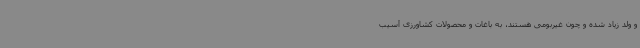
و ولد زیاد شده و چون غیربومی هستند، به باغات و محصولات کشاورزی آسیب